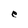
Character: e